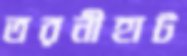
তরনীহাট